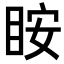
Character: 𥅥